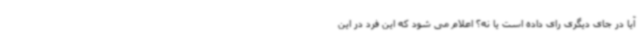
آیا در جای دیگری رای داده است یا نه؟ اعلام می شود که این فرد در این